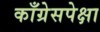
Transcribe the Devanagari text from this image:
काँग्रेसपेक्षा